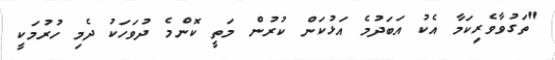
"ތަގުވާވެރިކަމާ އެކު އަބަދުމެ އަޅުކަން ކުރުން މަތީ ކޮންމެ ދުވަހަކު ދެމި ހުރުމަކީ